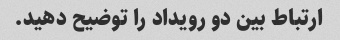
ارتباط بین دو رویداد را توضیح دهید.